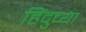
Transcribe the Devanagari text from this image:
हिंदुच्या